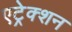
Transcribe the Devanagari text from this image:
एट्रेक्शन